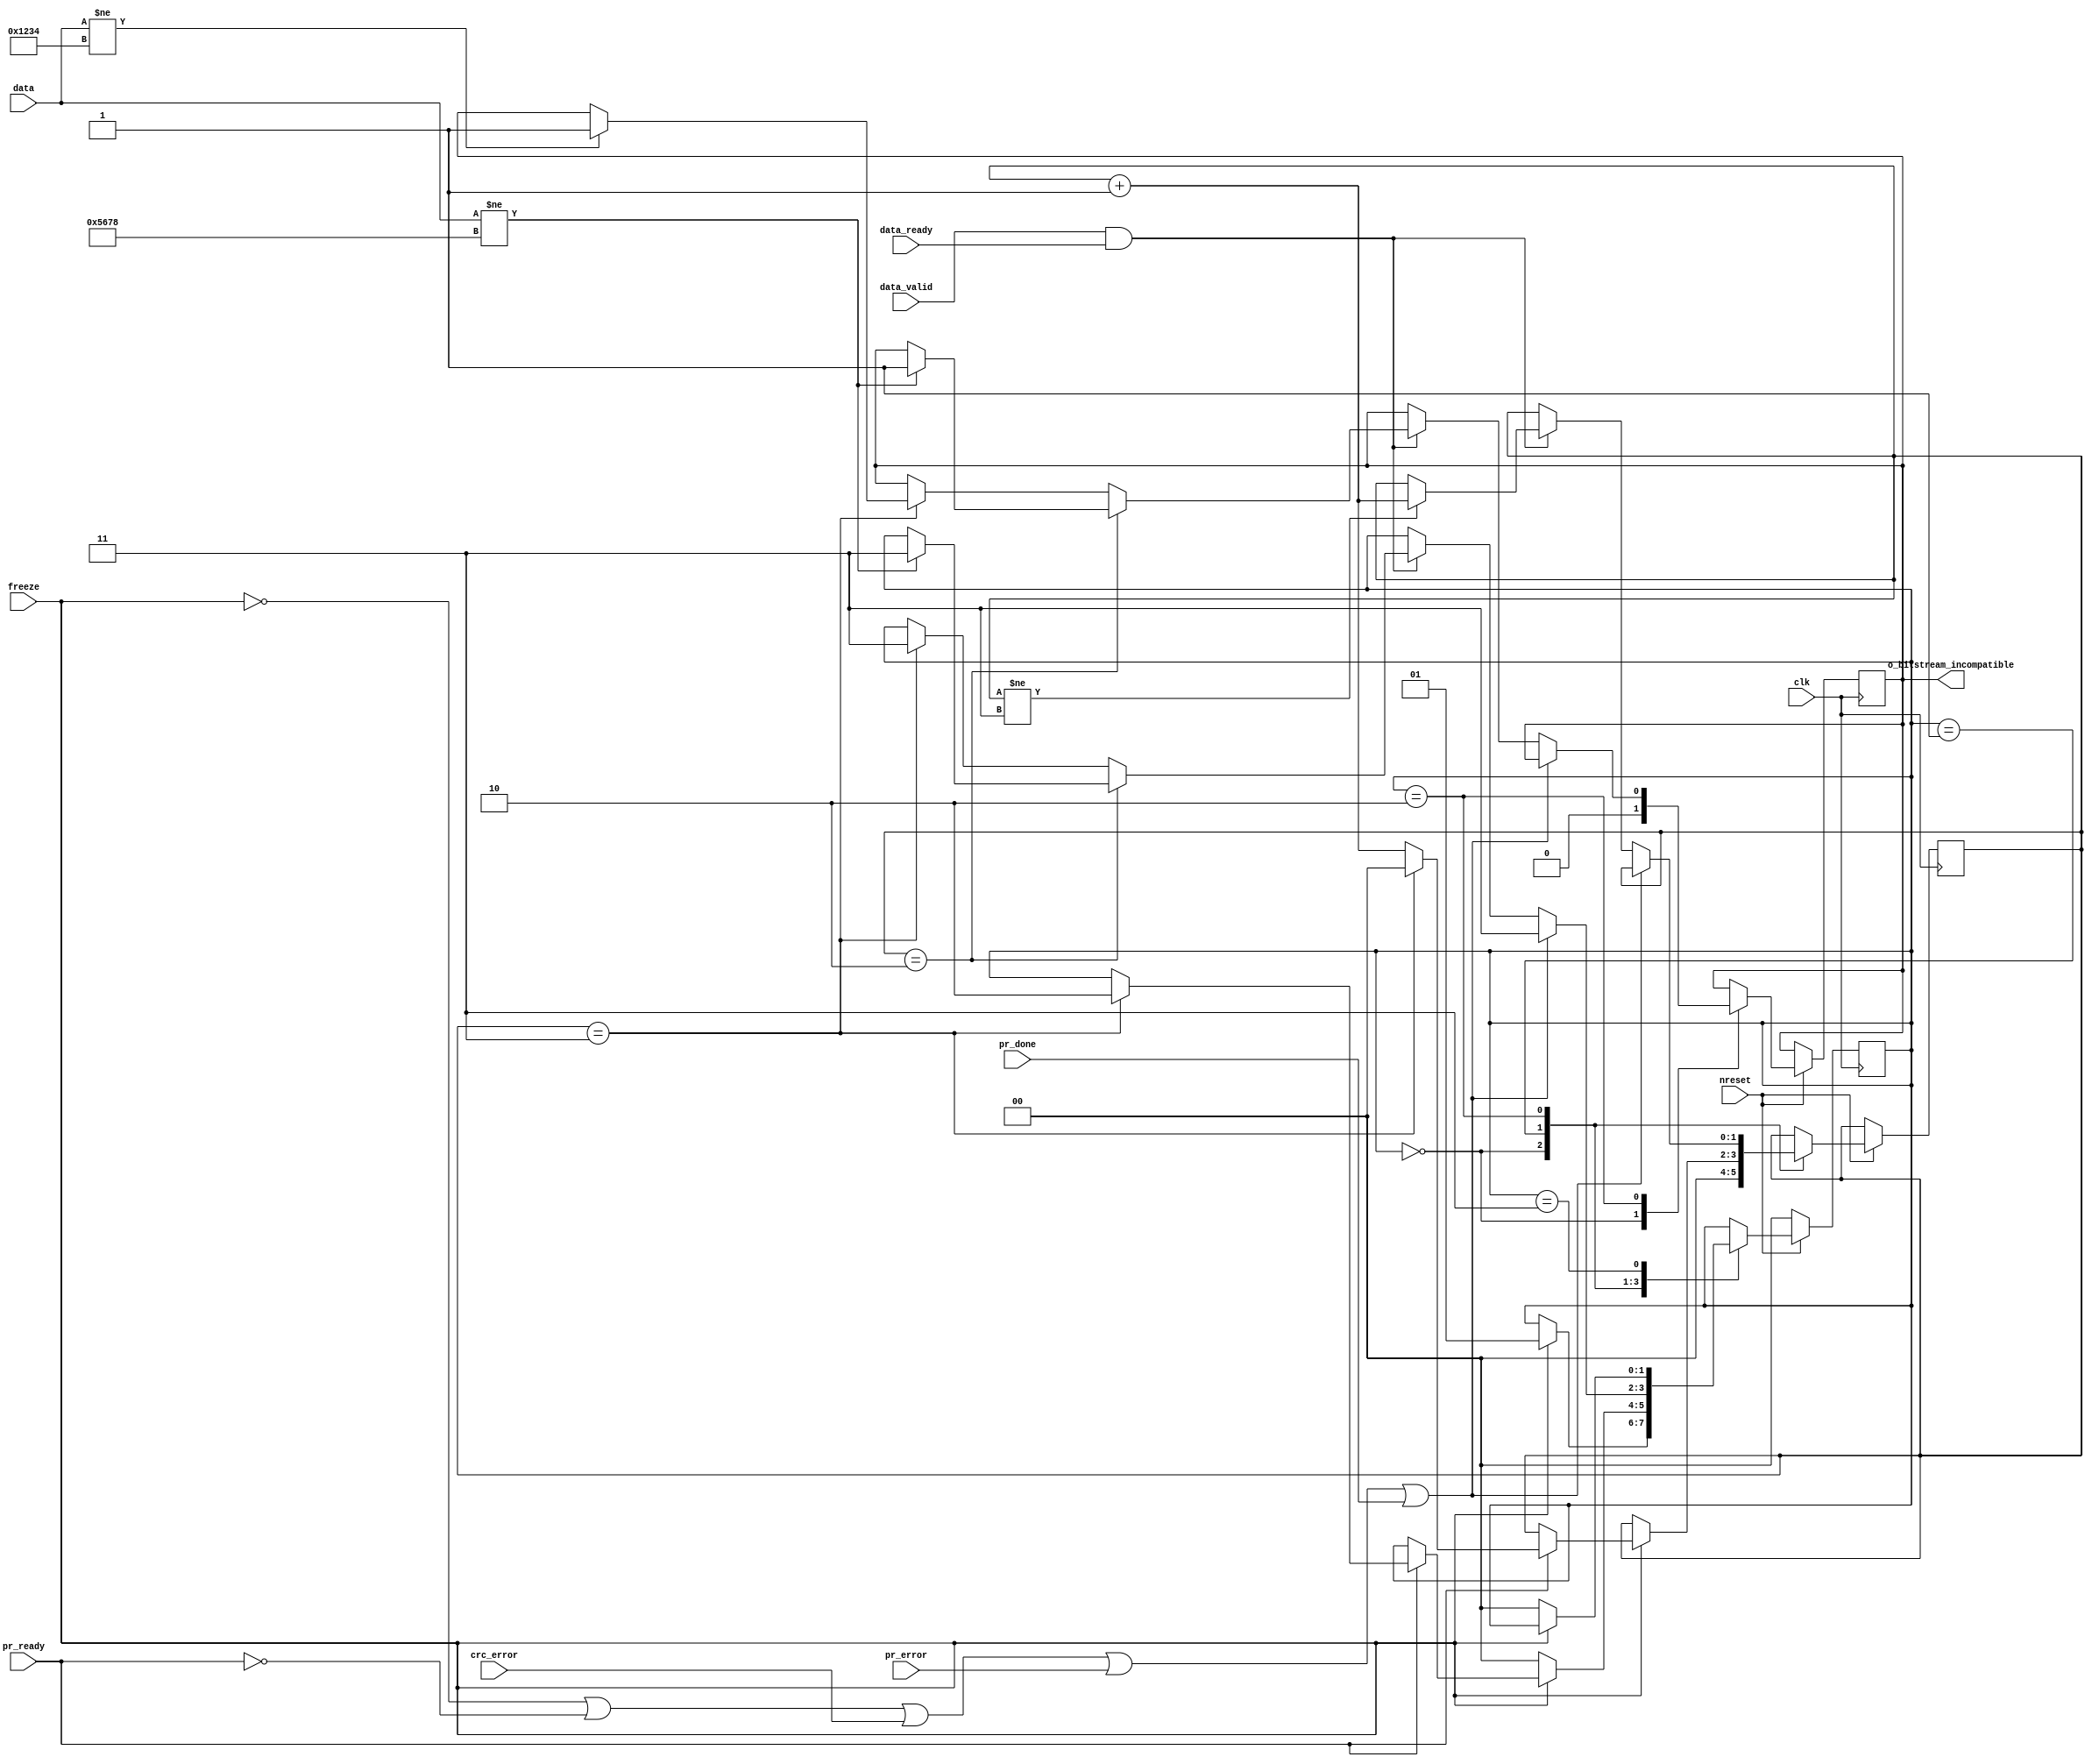
// (C) 2001-2016 Altera Corporation. All rights reserved.
// Your use of Altera Corporation's design tools, logic functions and other 
// software and tools, and its AMPP partner logic functions, and any output 
// files any of the foregoing (including device programming or simulation 
// files), and any associated documentation or information are expressly subject 
// to the terms and conditions of the Altera Program License Subscription 
// Agreement, Altera MegaCore Function License Agreement, or other applicable 
// license agreement, including, without limitation, that your use is for the 
// sole purpose of programming logic devices manufactured by Altera and sold by 
// Altera or its authorized distributors.  Please refer to the applicable 
// agreement for further details.


// synthesis VERILOG_INPUT_VERSION VERILOG_2001

module alt_pr_bitstream_compatibility_checker_ext_host(
	clk,
	nreset,
	freeze,
	crc_error,
	pr_error,
	pr_ready,
	pr_done,
	data,
	data_valid,
	data_ready,
	o_bitstream_incompatible
);
	parameter CDRATIO = 1;
	parameter CB_DATA_WIDTH = 16;
	parameter EXT_HOST_PRPOF_ID = 32'h12345678; //305419896
	
	localparam [1:0]	IDLE = 0,
						WAIT_FOR_READY = 1,
						CHECK_START = 2,
						CHECK_COMPLETE = 3;
	
	input clk; 
	input nreset;
	input freeze;
	input crc_error;
	input pr_error;
	input pr_ready;
	input pr_done;
	input data_valid;
	input data_ready;
	input [CB_DATA_WIDTH-1:0] data;
	
	output o_bitstream_incompatible;

	reg [1:0] data_count;
	reg [1:0] check_state;
	reg bitstream_incompatible_reg;
	
	assign o_bitstream_incompatible = bitstream_incompatible_reg;
	
	always @(posedge clk)
	begin
		if (~nreset) begin
			check_state <= IDLE;
		end
		else begin
			case (check_state)
				IDLE: 
				begin
					data_count <= 2'd0;
					bitstream_incompatible_reg <= 1'b0;
					
					if (freeze) begin
						check_state <= WAIT_FOR_READY;
					end	
				end
				
				WAIT_FOR_READY: 
				begin
					if (~freeze) begin
						check_state <= IDLE;
					end
					else if (pr_ready) begin
						// wait 3 clock cycles before sending 
						// actual PR data at 4th clock
						if (data_count == 2'd3) begin
							data_count <= 2'd0;
							check_state <= CHECK_START;
						end
						else begin
							data_count <= data_count + 2'd1;
						end
					end
				end
				
				CHECK_START: 
				begin
					if (~freeze || ~pr_ready || crc_error || pr_error || pr_done) begin
						check_state <= CHECK_COMPLETE;
					end
					else if (data_valid && data_ready) begin
						if (data_count != 2'd3) begin
							data_count <= data_count + 2'd1;
						end
						
						// For plain bitstream, the id stored in 3rd and 4th data words
						// 0	:	93b0;
						// 1	:	0001;
						// 2	:	xxxx; (id1)
						// 3	:	xxxx; (id2)
						if (CDRATIO == 1) begin
							if (data_count == 2'd2) begin
								if (data[15:0] != EXT_HOST_PRPOF_ID[15:0]) begin
									bitstream_incompatible_reg <= 1'b1;
									check_state <= CHECK_COMPLETE;
								end
							end
							else if (data_count == 2'd3) begin
								if (data[15:0] != EXT_HOST_PRPOF_ID[31:16]) begin
									bitstream_incompatible_reg <= 1'b1;
								end
								check_state <= CHECK_COMPLETE;
							end
						end
						
						// For compressed bitstream, the id stored in 3rd and 4th data words
						// To differentiate encrypted bitstream, check the 1st and 2nd to be 0's
						// 0	:	0000;
						// 1	:	0000;
						// 2	:	xxxx; (id1)
						// 3	:	xxxx; (id2)
						else if (CDRATIO == 4) begin
							if ((data_count == 2'd0) || (data_count == 2'd1)) begin
								if (data[15:0] != 16'd0) begin
									check_state <= CHECK_COMPLETE;
								end
							end
							else if (data_count == 2'd2) begin
								if (data[15:0] != EXT_HOST_PRPOF_ID[15:0]) begin
									bitstream_incompatible_reg <= 1'b1;
									check_state <= CHECK_COMPLETE;
								end
							end
							else if (data_count == 2'd3) begin
								if (data[15:0] != EXT_HOST_PRPOF_ID[31:16]) begin
									bitstream_incompatible_reg <= 1'b1;
								end
								check_state <= CHECK_COMPLETE;
							end
						end
						else if (CDRATIO == 2) begin
							// encrypted bitstream, skip the checking
							check_state <= CHECK_COMPLETE;
						end
					end
				end
				
				CHECK_COMPLETE: 
				begin
					if (~freeze) begin
						check_state <= IDLE;
					end
				end
				
				default: 
				begin
					check_state <= IDLE;
				end
			endcase
		end
	end
	
endmodule